Vaccination in Bombay 1874-1876 - 1874-1876
Year: 1874
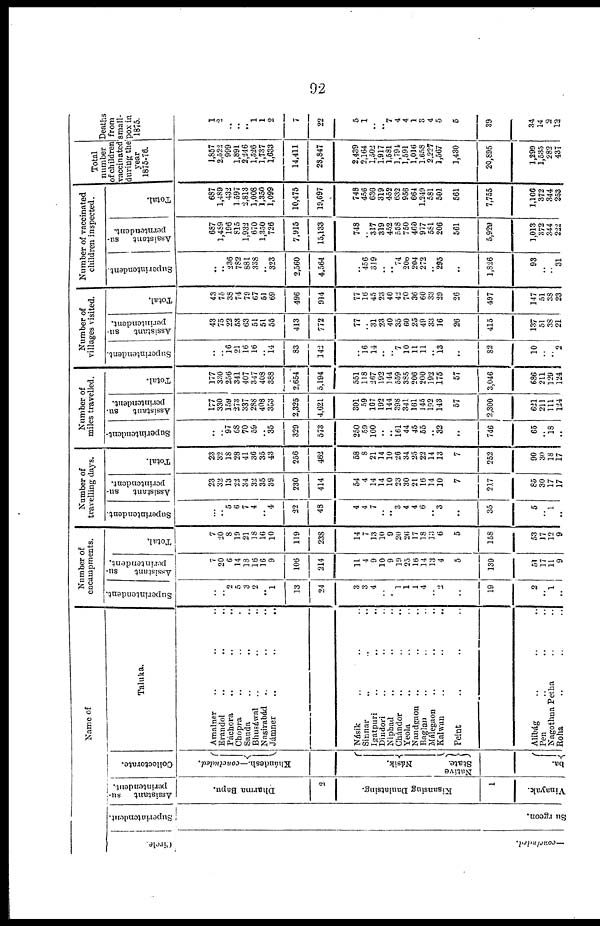
92
Name of
Circle.
-concluded.
Superintendent.
Surgeon.
Assistant su¬
perintendent.
Dharma Bapu.
2
Kisansing Daulatsing.
Vinayak.
Collectorate.
Khándesh.—concluded.
Násik.
Native
State.
ba.
Taluka.
Amalner .. .. ..
Erandol .. .. ..
Páchora.. .. ..
Chopra .. .. ..
sauda .. .. ..
Bhusáwal .. .. ..
Nasirabád .. .. ..
Jámner
. . . .
..
Násik .. .. ..
Sinnar .. .. ..
Igatpuri .. .. ..
Dindori .. .. ..
Niphad .. .. ..
Chándor .. .. ..
Yeola .. .. ..
Nandgaon .. .. ..
Baglan .. .. ..
Málegaon .. .. ..
Kalwan .. .. ..
Peint .. .. ..
Alibág .. .. ..
Pen .. .. ..
Nagothna Petha .. ..
Roha .. .. ..
Number of
encampments.
Superintendent.
..
.. 2
5
3
2
.. 1
13
24
3
3
4
..
.. 1
1
1
4
.. 2
..
19
2
.. 1
..
Assistant
su-
perintendent.
7
20
6
14
18
16
16
9
106
214
11
4
9
10
9
19
25
16
14
13
4
5
139
51
17
11
9
Total.
7
20
8
19
21
18
16
10
119
238
14
7
13
10
9
20
26
17
18
13
6
5
158
53
17
12
9
Number of
travelling days.
Superintendent.
..
.. 5
6
7
4
.. 4
22
48
4
4
7
..
.. 3
4
4
6
.. 3
..
35
5
.. 1
..
Assistant su-
perintendent.
23
32
13
22
34
32
35
39
230
414
54
4
14
14
10
23
30
21
16
14
10
7
217
85
30
17
17
Total.
23
32
18
28
41
36
35
43
256
462
58
8
21
14
10
26
34
25
22
14
13
7
252
90
30
18
17
Number of
miles travelled.
Superintendent.
..
.. 97
68
70
59
.. 35
329
573
250
59
100
..
.. 161
44
45
55
.. 32
..
746
65
.. 18
..
Assistant su-
perintendent.
177
330
159
273
337
288
408
353
2,325
4,621
301
59
167
192
144
398
341
161
145
192
143
57
2,300
621
211
111
124
Total.
177
330
256
341
407
347
408
388
2,654
5,194
551
118
267
192
144
559
385
206
200
192
175
57
3,046
686
211
129
124
Number of
villages visited.
Superintendent.
..
.. 16
21
16
16
.. 14
83
142
..
16
14
..
.. 7
10
11
11
.. 13
..
82
10
..
.. 2
Assistant su-
perintendent.
43
75
22
53
63
51
51
55
413
772
77
.. 31
23
40
35
60
25
49
33
16
26
415
137
51
38
21
Total.
43
75
38
74
79
67
51
69
496
914
77
16
45
23
40
42
70
36
60
33
29
26
497
147
51
38
23
Number of vaccinated
children inspected.
Superintendent.
..
.. 236
782
881
338
.. 323
2,560
4,564
..
456
319
..
.. 74
200
204
272
.. 295
..
1,826
93
..
.. 31
Assistant su-
perntendent.
687
1,489
196
815
1,932
670
1,350
726
7,915
15,133
748
.. 317
319
452
558
750
460
977
581
206
561
5,929
1,013
372
344
222
Total.
687
1,489
432
1,597
2,813
1,008
1,350
1,099
10,475
19,697
748
456
636
319
452
632
956
664
1,249
581
501
561
7,755
1,106
372
344
253
Total
number
of children
vaccinated
during the
year
1875-76.
1,857
2,522
999
1,891
2,246
1,526
1,737
1,633
14,411
28,847
2,439
2,164
1,502
1,917
1,581
1,794
1,591
1,016
1,658
2,227
1,567
1,430
20,895
1,299
1,535
282
437
Deaths
from
small-
pox in
1875.
1
2 ..
..
.. 1
1
2
7
22
5
1
.. .. 7
4
4
1
3
4
5
5
39
34
14
3
12